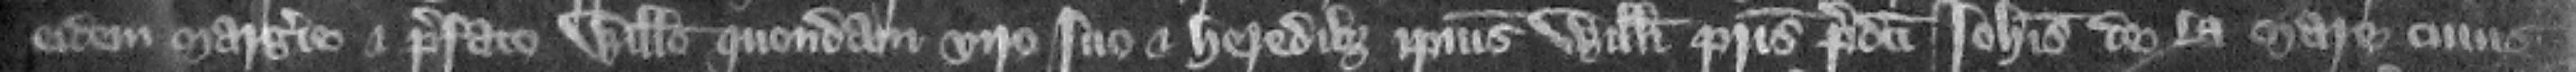
eidem Margerie et prefato Willelmo quondam viro suo et heredibus ipsius Willelmi patris predicti Iohannis de la Mare cuius